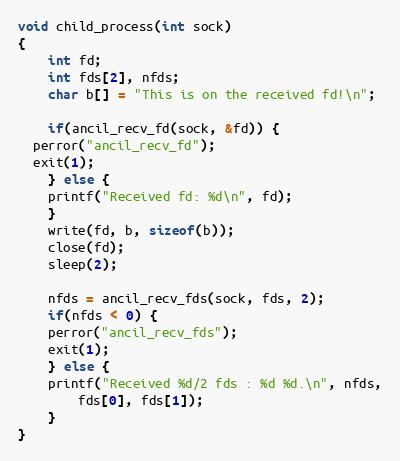
Language: C
void child_process(int sock)
{
    int fd;
    int fds[2], nfds;
    char b[] = "This is on the received fd!\n";

    if(ancil_recv_fd(sock, &fd)) {
  perror("ancil_recv_fd");
  exit(1);
    } else {
	printf("Received fd: %d\n", fd);
    }
    write(fd, b, sizeof(b));
    close(fd);
    sleep(2);

    nfds = ancil_recv_fds(sock, fds, 2);
    if(nfds < 0) {
	perror("ancil_recv_fds");
	exit(1);
    } else {
	printf("Received %d/2 fds : %d %d.\n", nfds,
	    fds[0], fds[1]);
    }
}